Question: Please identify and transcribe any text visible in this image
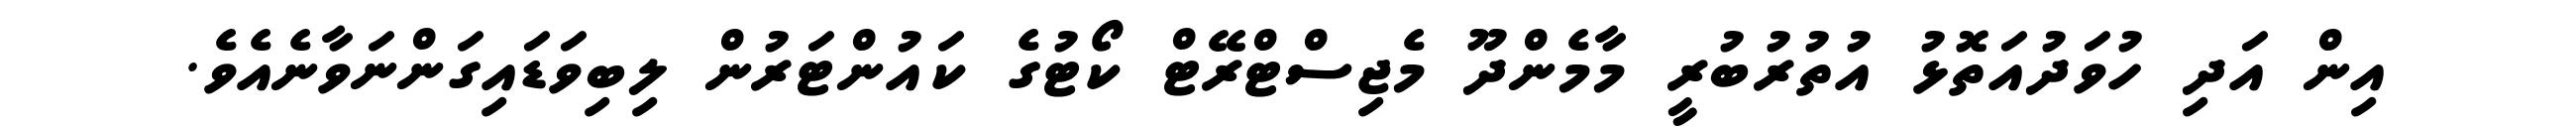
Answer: އިން އަދި ހުވަދުއަތޮޅު އުތުރުބުރީ މާމެންދޫ މެޖިސްޓްރޭޓް ކޯޓުގެ ކައުންޓަރުން ލިބިވަޑައިގަންނަވާނެއެވެ.